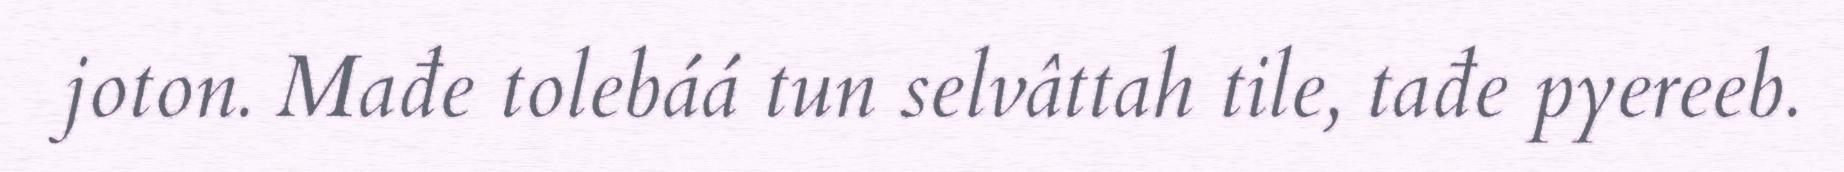
joton. Mađe tolebáá tun selvâttah tile, tađe pyereeb.